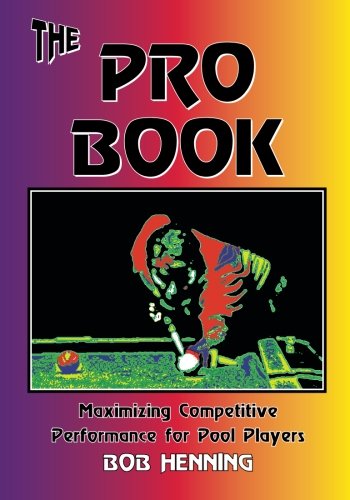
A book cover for The Pro Book:  Maximizing Competitive Performance for Pool Players; Bob Henning; Sports & Outdoors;